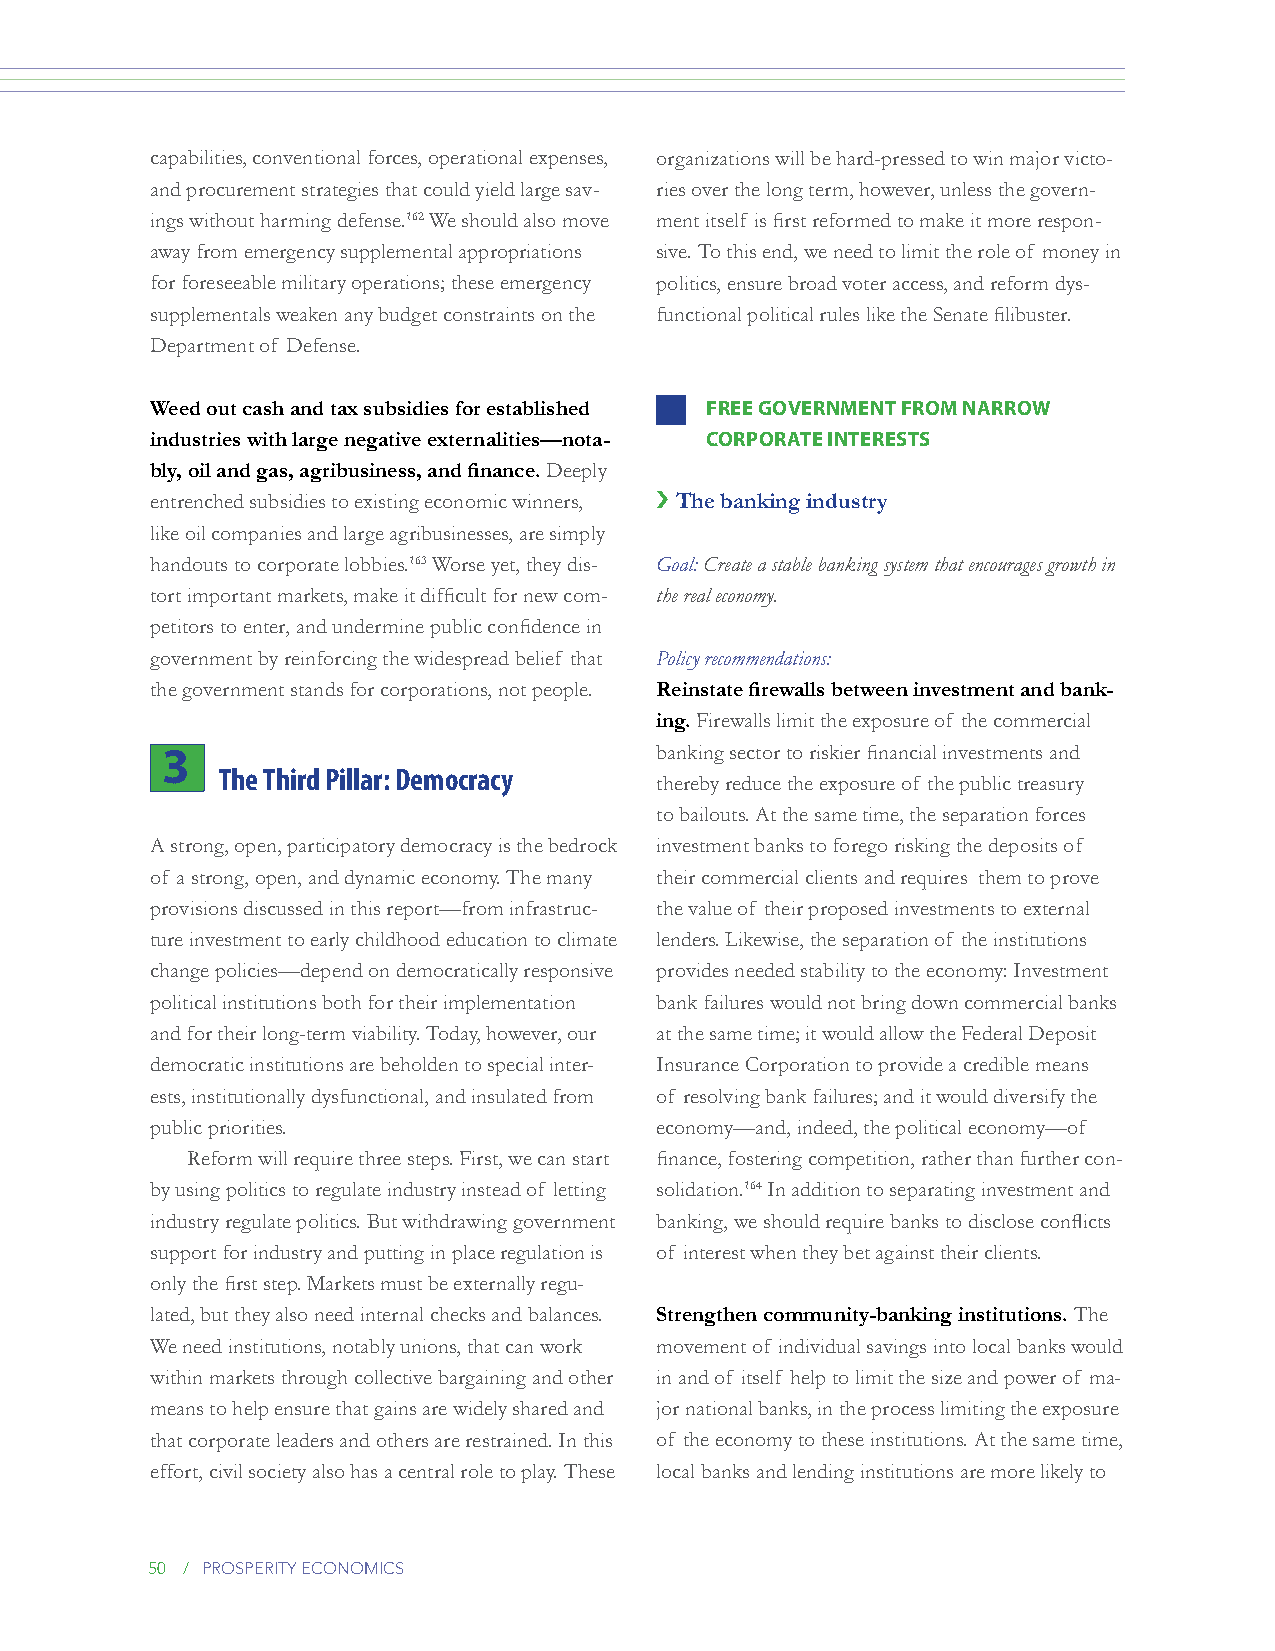
capabilities, conventional forces, operational expenses, organizations will be hard-pressed to win major victo-
 and procurement strategies that could yield large sav- ries over the long term, however, unless the govern-
 ings without harming defense.162 We should also move ment itself is first reformed to make it more respon-
 away from emergency supplemental appropriations sive. To this end, we need to limit the role of money in
 for foreseeable military operations; these emergency politics, ensure broad voter access, and reform dys-
 supplementals weaken any budget constraints on the functional political rules like the Senate filibuster.
 Department of Defense.
 Weed out cash and tax subsidies for established FREE gOvERNmENT FROm NARROW
 industries with large negative externalities—nota- CORPORATE iNTEREsTs
 bly, oil and gas, agribusiness, and finance. Deeply
 entrenched subsidies to existing economic winners, › The banking industry
 like oil companies and large agribusinesses, are simply
 handouts to corporate lobbies.163 Worse yet, they dis- Goal: Create a stable banking system that encourages growth in
 tort important markets, make it difficult for new com- the real economy.
 petitors to enter, and undermine public confidence in
 government by reinforcing the widespread belief that Policy recommendations:
 the government stands for corporations, not people. Reinstate firewalls between investment and bank-
 ing. Firewalls limit the exposure of the commercial
 3                               banking sector to riskier financial investments and
 The Third Pillar: Democracy
 thereby reduce the exposure of the public treasury
 to bailouts. At the same time, the separation forces
 A strong, open, participatory democracy is the bedrock investment banks to forego risking the deposits of
 of a strong, open, and dynamic economy. The many their commercial clients and requires them to prove
 provisions discussed in this report—from infrastruc- the value of their proposed investments to external
 ture investment to early childhood education to climate lenders. Likewise, the separation of the institutions
 change policies—depend on democratically responsive provides needed stability to the economy: Investment
 political institutions both for their implementation bank failures would not bring down commercial banks
 and for their long-term viability. Today, however, our at the same time; it would allow the Federal Deposit
 democratic institutions are beholden to special inter- Insurance Corporation to provide a credible means
 ests, institutionally dysfunctional, and insulated from of resolving bank failures; and it would diversify the
 public priorities.               economy—and, indeed, the political economy—of
 Reform will require three steps. First, we can start finance, fostering competition, rather than further con-
 by using politics to regulate industry instead of letting solidation.164 In addition to separating investment and
 industry regulate politics. But withdrawing government banking, we should require banks to disclose conflicts
 support for industry and putting in place regulation is of interest when they bet against their clients.
 only the first step. Markets must be externally regu-
 lated, but they also need internal checks and balances. Strengthen community-banking institutions. The
 We need institutions, notably unions, that can work movement of individual savings into local banks would
 within markets through collective bargaining and other in and of itself help to limit the size and power of ma-
 means to help ensure that gains are widely shared and jor national banks, in the process limiting the exposure
 that corporate leaders and others are restrained. In this of the economy to these institutions. At the same time,
 effort, civil society also has a central role to play. These local banks and lending institutions are more likely to
 50 / prosperity economics